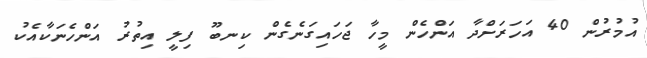
އުމުރުން 40 އަހަރަށްދާ އަންހެން މީހާ ޖަހައިގަނެގެން ކިނބޫ ފިލީ އިތުރު އަންހެނަކާއެކު